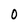
Character: O